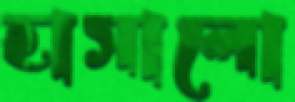
হাসালো